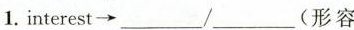
1.interest\rightarrow ___/___(形容